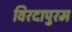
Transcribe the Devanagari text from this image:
विरदापुरम